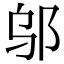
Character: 邬